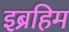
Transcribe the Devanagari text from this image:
इब्रहिम